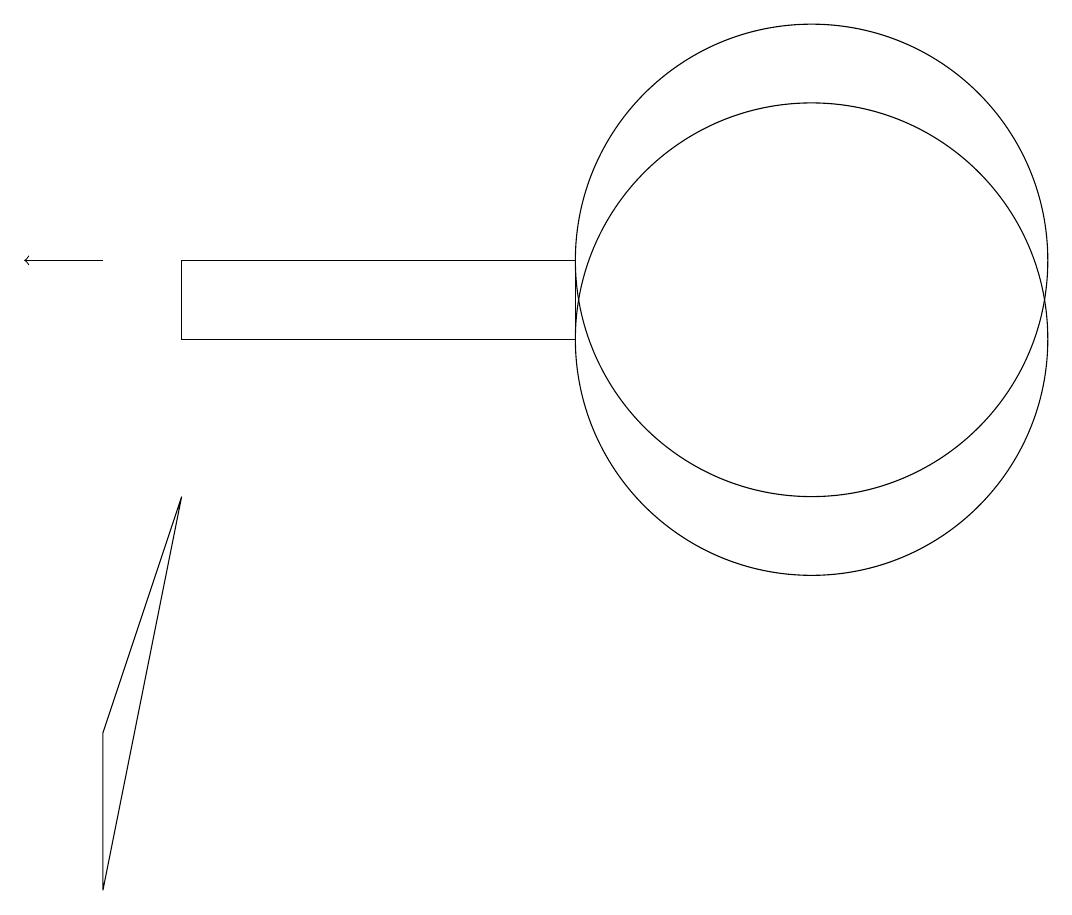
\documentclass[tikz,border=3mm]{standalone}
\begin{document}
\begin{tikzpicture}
\draw (10,10) circle (0);
\draw (2,11) rectangle (7,10);
\draw (10,10) circle (3);
\draw (10,11) circle (3);
\draw (1,5) -- (1,3) -- (2,8) -- cycle;
\draw[->] (1,11) -- (0,11);
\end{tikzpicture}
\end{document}